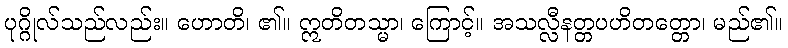
ပုဂ္ဂိုလ်သည်လည်း။ ဟောတိ၊ ၏။ ဣတိတသ္မာ၊ ကြောင့်။ အသလ္လီနတ္တပဟိတတ္တော၊ မည်၏။